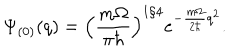
\Psi _ { ( 0 ) } ( q ) = \Bigl ( \frac { m \Omega } { \pi \hbar } \Bigr ) ^ { 1 / 4 } e ^ { - \frac { m \Omega } { 2 \hbar } q ^ { 2 } } .